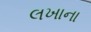
લખાના